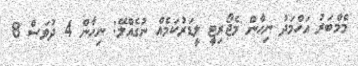
މެމްބަރު އަހްމަދު ނިހާން މެޖޯރިޓީ ލީޑަރުކަމެއް ނުގެއްލޭ: ނިހާން 4 ދުވަސް 8